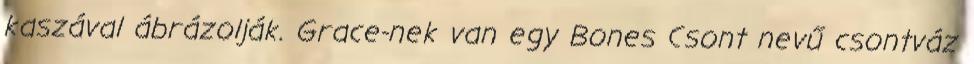
kaszával ábrázolják. Grace-nek van egy Bones Csont nevű csontváz